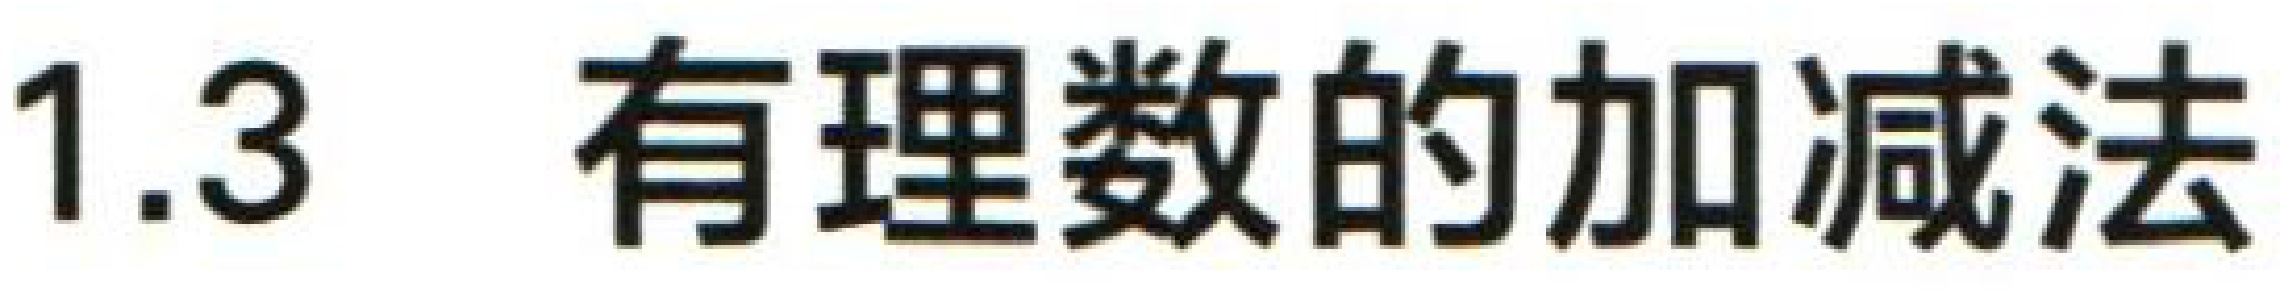
1.3 有理数的加减法